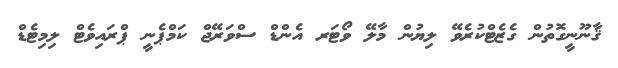
ޤާނޫނީގޮތުން ގެޒެޓްކުރެވޭ ލިޔުން މާލޭ ވޯޓަރ އެންޑް ސްވަރޭޖް ކަމްޕެނީ ޕްރައިވެޓް ލިމިޓެޑް